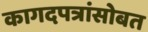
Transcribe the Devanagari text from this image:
कागदपत्रांसोबत